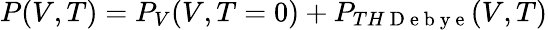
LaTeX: P(V,T)=P_{V}(V,T=0)+P_{TH\mathrm{~D~e~b~y~e~}}(V,T)